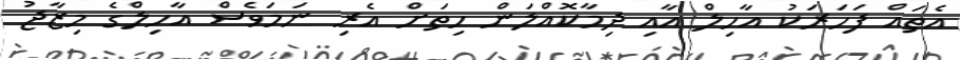
އެތައް ފަހަރަކު އާހިލް އާއި ދިމާކޮއްލަން ހިތަށް އެރި ނަމަވެސް އާހިލްގެ މިޒާޖު